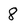
Character: 8